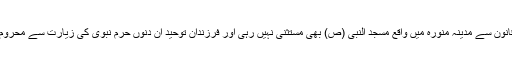
اس قانون سے مدینۂ منورہ میں واقع مسجد النبی (ص) بھی مستثنیٰ نہیں رہی اور فرزندان توحید ان دنوں حرم نبوی کی زیارت سے محروم ہیں۔